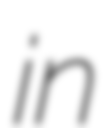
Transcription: in